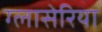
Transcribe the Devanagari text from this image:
ग्लासेरिया